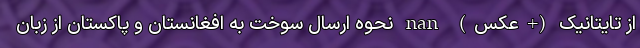
از تایتانیک (+عکس) nan نحوه ارسال سوخت به افغانستان و پاکستان از زبان